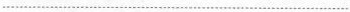
…………………………………………………………